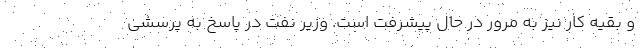
و بقیه کار نیز به مرور در حال پیشرفت است. وزیر نفت در پاسخ به پرسشی